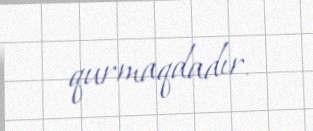
qurmaqdadır.